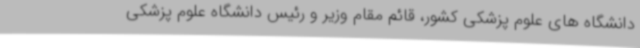
دانشگاه های علوم پزشکی کشور، قائم مقام وزیر و رئیس دانشگاه علوم پزشکی